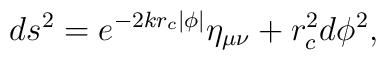
ds^2 = e^{-2kr_c \left|\phi\right|}\eta_{\mu\nu} +r_c ^2 d\phi ^2 ,